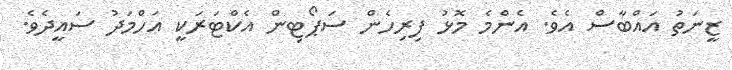
ޒީނަތު އައްބާސް އެވެ. އެންމެ މޮޅު ފިރިހެން ސަޕޯޓިން އެކްޓަރަކީ އަހްމަދު ސައީދެވެ.